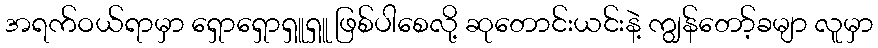
အရက်ဝယ်ရာမှာ ရှောရှောရှူရှူ ဖြစ်ပါစေလို့ ဆုတောင်းယင်းနဲ့ ကျွန်တော့်ခမျာ လူမှာ